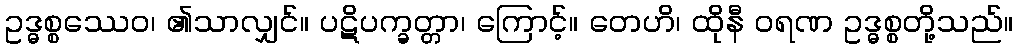
ဥဒ္ဓစ္စဿေဝ၊ ၏သာလျှင်။ ပဋိပက္ခတ္တာ၊ ကြောင့်။ တေဟိ၊ ထိုနီ ဝရဏ ဥဒ္ဓစ္စတို့သည်။